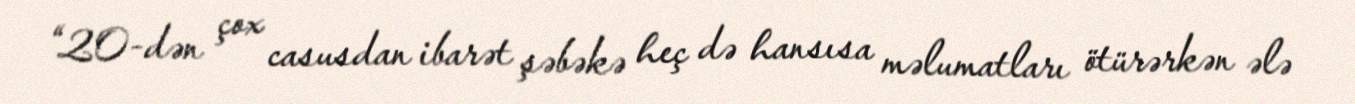
“20-dən çox casusdan ibarət şəbəkə heç də hansısa məlumatları ötürərkən ələ